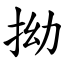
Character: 拗